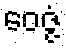
ဝေဇ္ဇံ